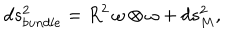
d s _ { b u n d l e } ^ { 2 } = R ^ { 2 } \, \omega \otimes \omega + d s _ { M } ^ { 2 } ,